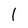
Character: 1